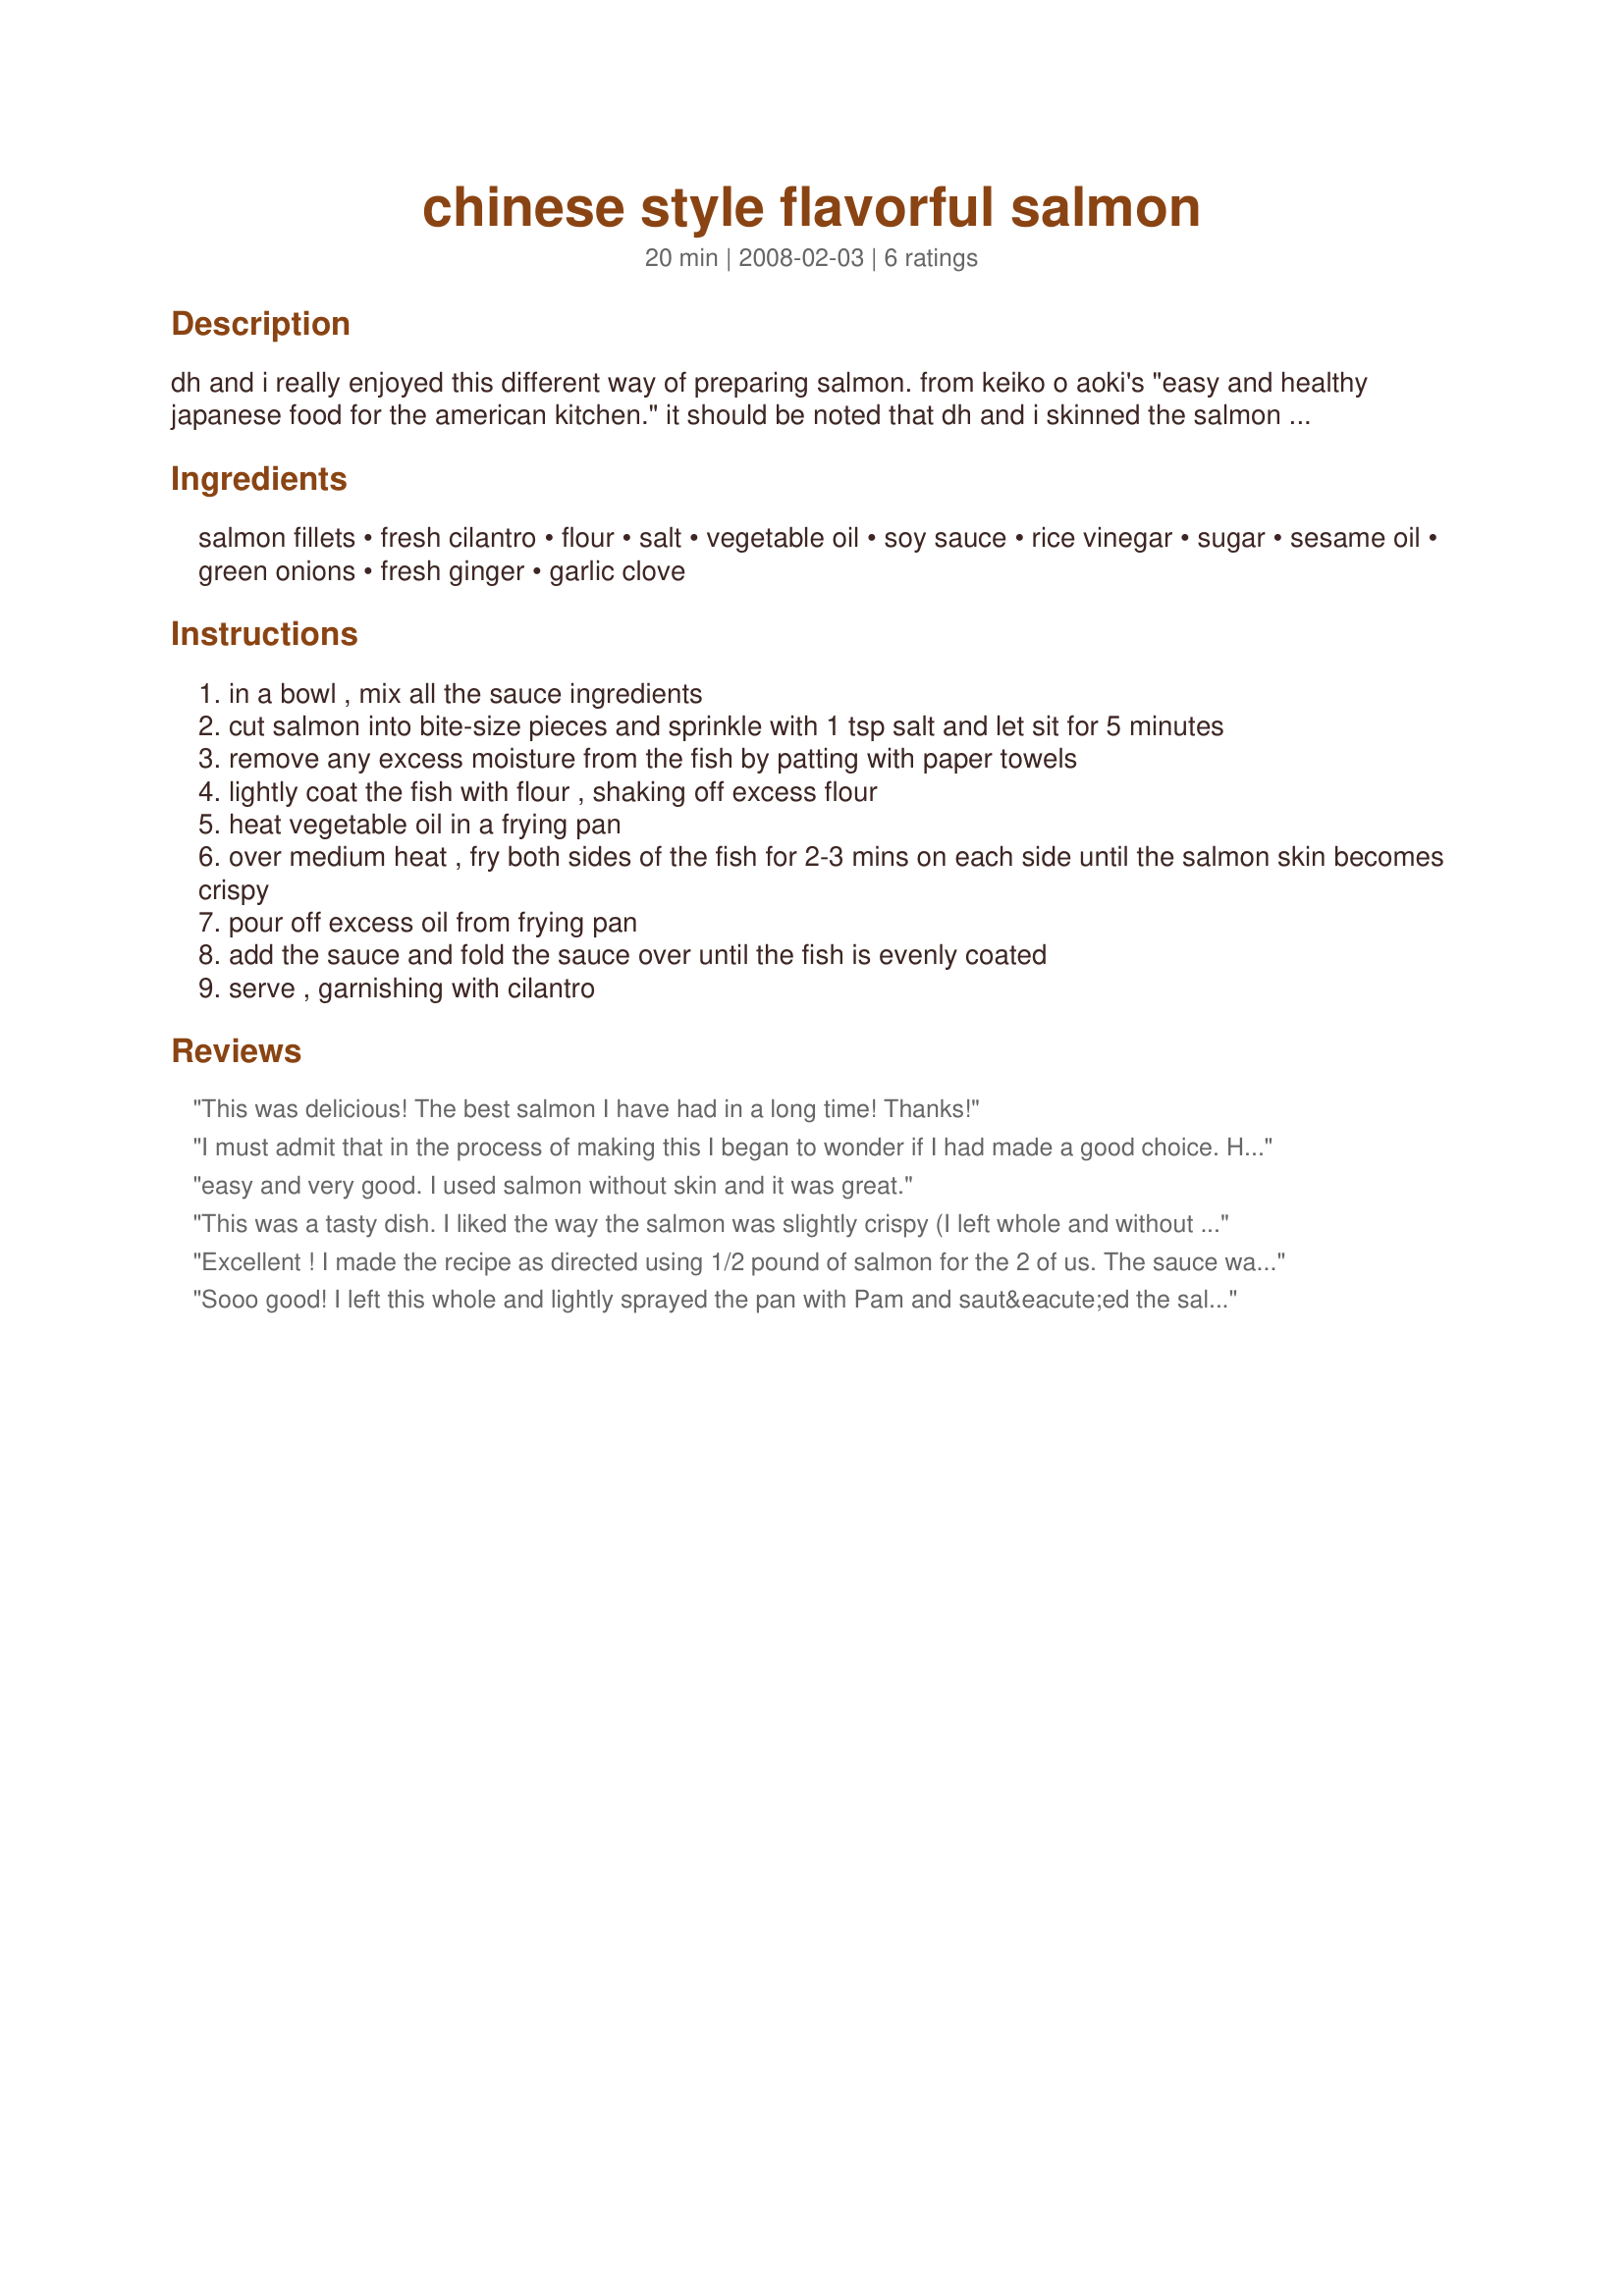
chinese style flavorful salmon
Preparation time: 20 minutes

dh and i really enjoyed this different way of preparing salmon. from keiko o aoki's "easy and healthy japanese food for the american kitchen." it should be noted that dh and i skinned the salmon filets and it turned out great, but i am posting the recipe as it appears in the book. also, make sure to use low sodium soy sauce. even with this, i found the dish to be a little salty and might skip the teaspoon of salt next time to see how it turns out.

Ingredients:
salmon fillets, fresh cilantro, flour, salt, vegetable oil, soy sauce, rice vinegar, sugar, sesame oil, green onions, fresh ginger, garlic clove

Steps:
in a bowl , mix all the sauce ingredients
cut salmon into bite-size pieces and sprinkle with 1 tsp salt and let sit for 5 minutes
remove any excess moisture from the fish by patting with paper towels
lightly coat the fish with flour , shaking off excess flour
heat vegetable oil in a frying pan
over medium heat , fry both sides of the fish for 2-3 mins on each side until the salmon skin becomes crispy
pour off excess oil from frying pan
add the sauce and fold the sauce over until the fish is evenly coated
serve , garnishing with cilantro

Reviews:
This was delicious! The best salmon I have had in a long time! Thanks!
I must admit that in the process of making this I began to wonder if I had made a good choice. However, the proof was in the eating. The flavors blended together nicely and resulted in a memorable meal. DH and I will continue to enjoy this dish.
easy and very good. I used salmon without skin and it was great.
This was a tasty dish. I liked the way the salmon was slightly crispy (I left whole and without skin) from the flour coating. My one problem was when I added the sauce to the pan it almost completely evaporated in an instant. Maybe my pan was too hot, but I think it was more just the fact that there was such a small amount of sauce. I grated the ginger and garlic on microplane which worked well. Next time will probably add a little siracha sauce for some zip and/or some thai peppers. Served with one of my favorite zaar recipes, Recipe #309257.
Excellent ! I made the recipe as directed using 1/2 pound of salmon for the 2 of us. The sauce was great.
Sooo good! I left this whole and lightly sprayed the pan with Pam and saut&eacute;ed the salmon. I liked the crispy coating the flour made. I 1/2 the salmon amount, but the full sauce amount so it wouldn&#039;t cook away. Will make this easy recipe again! Made for Spring PAC 2013.
